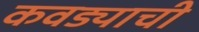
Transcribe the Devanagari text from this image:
कवड्याची